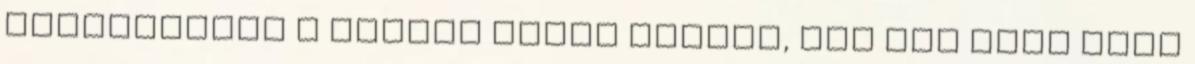
szolgálatba a vasúti pálya mentén, így már több mint